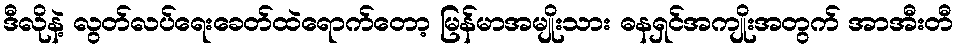
ဒီလိုနဲ့ လွတ်လပ်ရေးခေတ်ထဲရောက်တော့ မြန်မာအမျိုးသား ဓနရှင်အကျိုးအတွက် အာအီးတီ